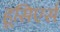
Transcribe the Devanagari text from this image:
हूसिएर्स